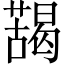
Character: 𱾮